Vaccination report Assam 1874-1896 - 1874-1896
Year: 1874
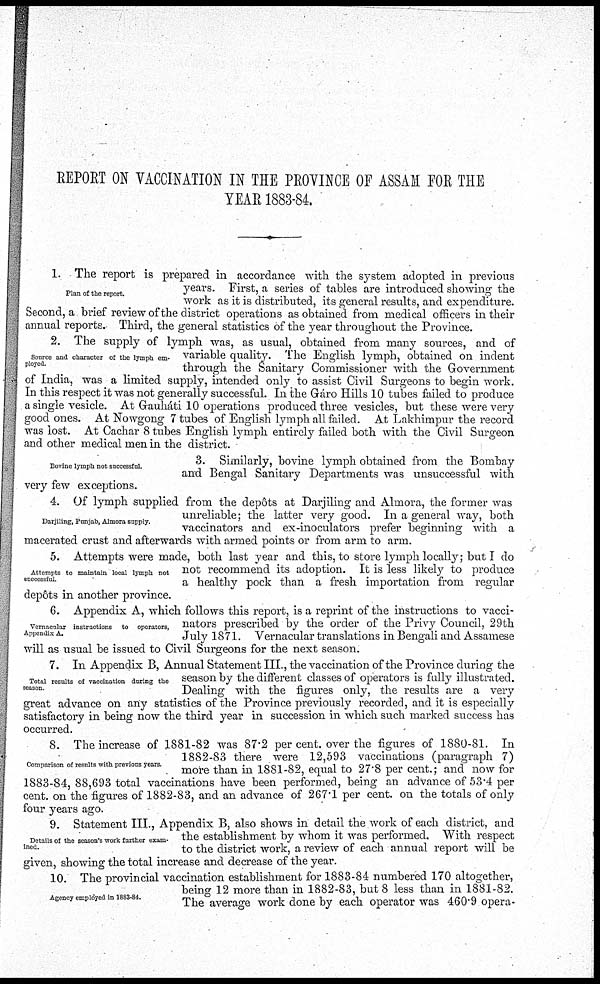
REPORT ON VACCINATION IN THE PROVINCE OF ASSAM FOR THE
YEAR 1883-84.
Plan of the report.
1. The report is prepared in accordance with the system adopted in previous
years. First, a series of tables are introduced showing the
work as it is distributed, its general results, and expenditure.
Second, a brief review of the district operations as obtained from medical officers in their
annual reports. Third, the general statistics of the year throughout the Province.
Source and character of the lymph em-
ployed.
2. The supply of lymph was, as usual, obtained from many sources, and of
variable quality. The English lymph, obtained on indent
through the Sanitary Commissioner with the Government
of India, was a limited supply, intended only to assist Civil Surgeons to begin work.
In this respect it was not generally successful. In the Gáro Hills 10 tubes failed to produce
a single vesicle. At Gauháti 10 operations produced three vesicles, but these were very
good ones. At Nowgong 7 tubes of English lymph all failed. At Lakhimpur the record
was lost. At Cachar 8 tubes English lymph entirely failed both with the Civil Surgeon
and other medical men in the district.
Bovine lymph not successful.
3. Similarly, bovine lymph obtained from the Bombay
and Bengal Sanitary Departments was unsuccessful with
very few exceptions.
Darjiling, Punjab, Almora supply.
4. Of lymph supplied from the depôts at Darjiling and Almora, the former was
unreliable; the latter very good. In a general way, both
vaccinators and ex-inoculators prefer beginning with a
macerated crust and afterwards with armed points or from arm to arm.
Attempts to maintain local lymph not
successful.
5. Attempts were made, both last year and this, to store lymph locally; but I do
not recommend its adoption. It is less likely to produce
a healthy pock than a fresh importation from regular
depôts in another province.
Vernacular instructions to operators,
Appendix A.
6. Appendix A, which follows this report, is a reprint of the instructions to vacci-
nators prescribed by the order of the Privy Council, 29th
July 1871. Vernacular translations in Bengali and Assamese
will as usual be issued to Civil Surgeons for the next season.
Total results of vaccination during the
season
7. In Appendix B, Annual Statement III., the vaccination of the Province during the
season by the different classes of operators is fully illustrated.
Dealing with the figures only, the results are a very
great advance on any statistics of the Province previously recorded, and it is especially
satisfactory in being now the third year in succession in which such marked success has
occurred.
Comparison of results with previous years.
8. The increase of 1881-82 was 87.2 per cent. over the figures of 1880-81. In
1882-83 there were 12,593 vaccinations (paragraph 7)
more than in 1881-82, equal to 27.8 per cent.; and now for
1883-84, 88,693 total vaccinations have been performed, being an advance of 53.4 per
cent. on the figures of 1882-83, and an advance of 267.1 per cent. on the totals of only
four years ago.
Details of the season's work further exam-
ined.
9. Statement III., Appendix B, also shows in detail the work of each district, and
the establishment by whom it was performed. With respect
to the district work, a review of each annual report will be
given, showing the total increase and decrease of the year.
Agency employed in 1883-84.
10. The provincial vaccination establishment for 1883-84 numbered 170 altogether,
being 12 more than in 1882-83, but 8 less than in 1881-82.
The average work done by each operator was 460.9 opera¬